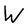
Character: W